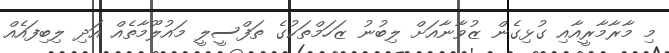
މި މާރާމާރީއާއި ގުޅިގެން ޒުވާނާއަށް ލިބުނު ޒަހަމްތަކުގެ ތަފްސީލީ މައުލޫމާތެއް އަދި ލިބިފައެއް